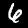
Label: 6